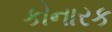
કોનારક